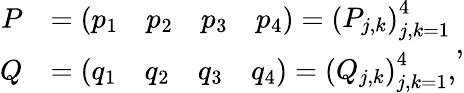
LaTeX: \begin{array}{rl}{P}&{=\left(\begin{array}{llll}{p_{1}}&{p_{2}}&{p_{3}}&{p_{4}}\end{array}\right)=\left(\begin{array}{l}{P_{j,k}}\end{array}\right)_{j,k=1}^{4}}\\ {Q}&{=\left(\begin{array}{llll}{q_{1}}&{q_{2}}&{q_{3}}&{q_{4}}\end{array}\right)=\left(\begin{array}{l}{Q_{j,k}}\end{array}\right)_{j,k=1}^{4},}\end{array},